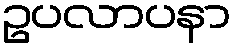
ဥပလာပနာ